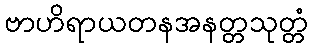
ဗာဟိရာယတနအနတ္တသုတ္တံ